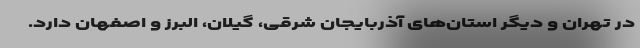
در تهران و دیگر استان‌های آذربایجان شرقی، گیلان، البرز و اصفهان دارد.